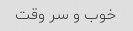
خوب و سر وقت